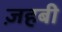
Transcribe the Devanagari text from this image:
ज़हबी